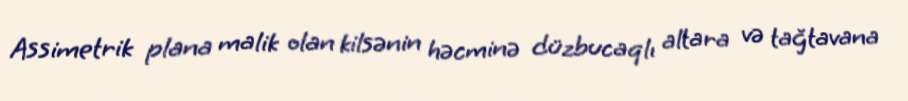
Assimetrik plana malik olan kilsənin həcminə düzbucaqlı altara və tağtavana